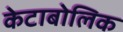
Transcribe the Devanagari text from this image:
केटाबोलिक